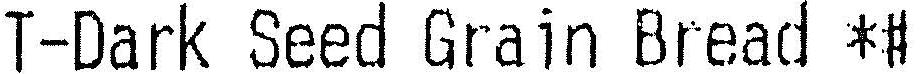
T-DARK SEED GRAIN BREAD *#